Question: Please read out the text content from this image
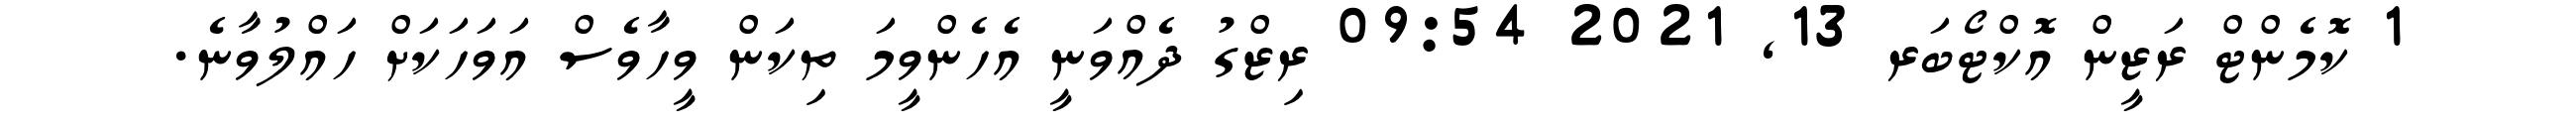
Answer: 1 ކޮމެންޓް ރަޒީން އޮކްޓޯބަރ 13, 2021 09:54 ރިޒްގު ދެއްވަނީ އެހެންވީމަ ތިކަން ވީހާވެސް އަވަހަކަށް ހައްލުވާނެ.